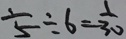
\frac { 1 } { 5 } \div 6 = \frac { 1 } { 3 0 }